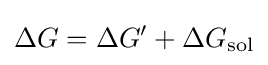
\Delta G=\Delta G'+\Delta G_{\text{sol}}